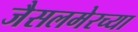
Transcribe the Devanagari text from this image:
जैसलमेरच्या